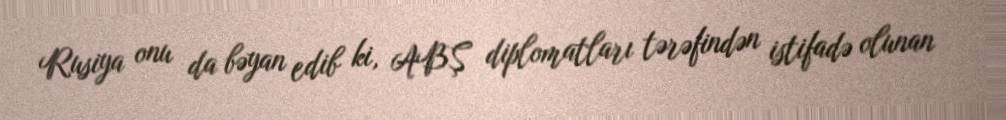
Rusiya onu da bəyan edib ki, ABŞ diplomatları tərəfindən istifadə olunan